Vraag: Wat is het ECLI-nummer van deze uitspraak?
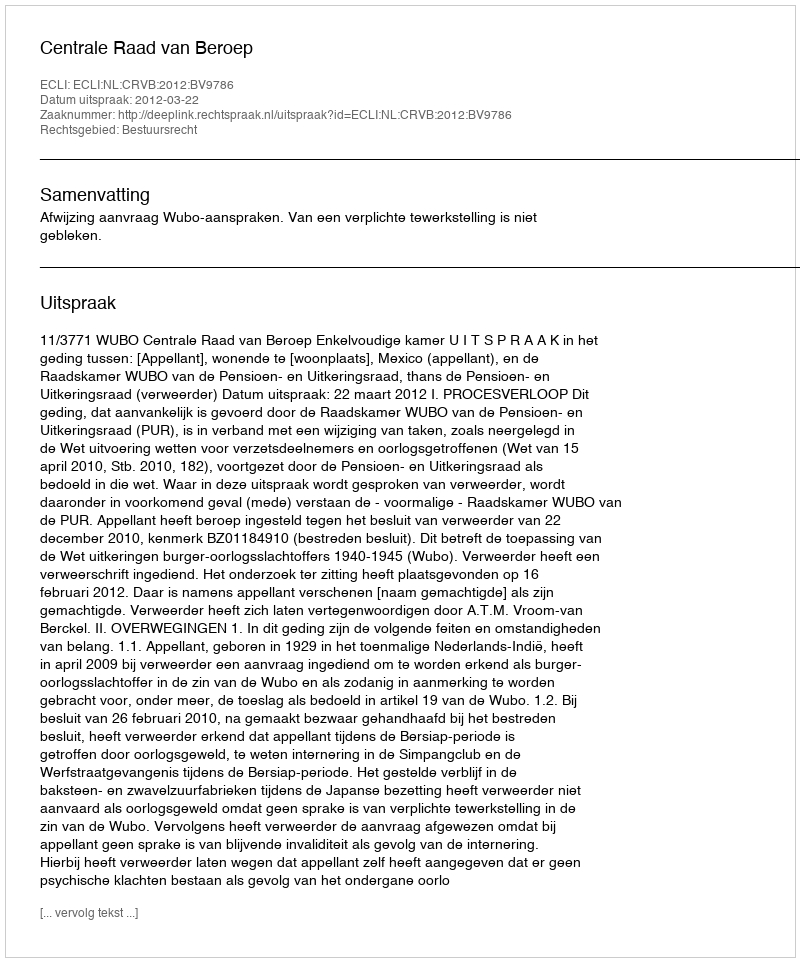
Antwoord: ECLI:NL:CRVB:2012:BV9786